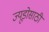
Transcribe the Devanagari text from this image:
ज्यूडोसाठी